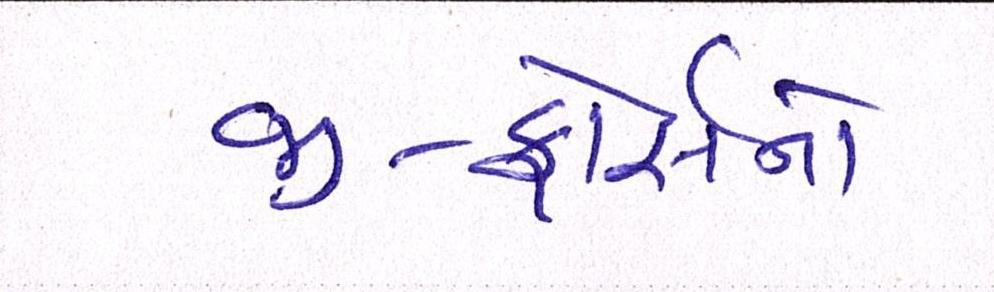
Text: જી-ફોર્સનો